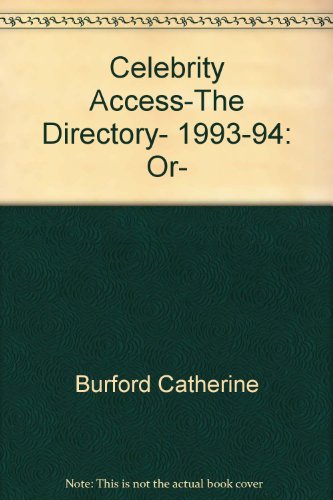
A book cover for Celebrity Access-The Directory, 1993-94: Or, "Where and How to Write the Rich And..; Thomas Burford; Crafts, Hobbies & Home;